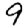
Digit: 9